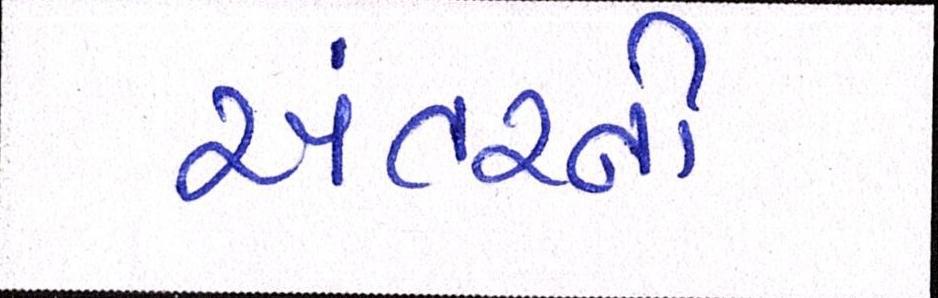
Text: અંતરની